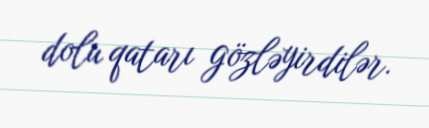
dolu qatarı gözləyirdilər.